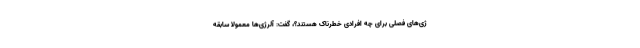
ژی‌های فصلی برای چه افرادی خطرناک هستند؟، گفت: آلرژی‌ها معمولا سابقه